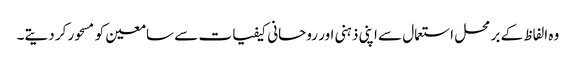
وہ الفاظ کے بر محل استعمال سے اپنی ذہنی اور روحانی کیفیات سے سامعین کو مسحور کر دیتے۔